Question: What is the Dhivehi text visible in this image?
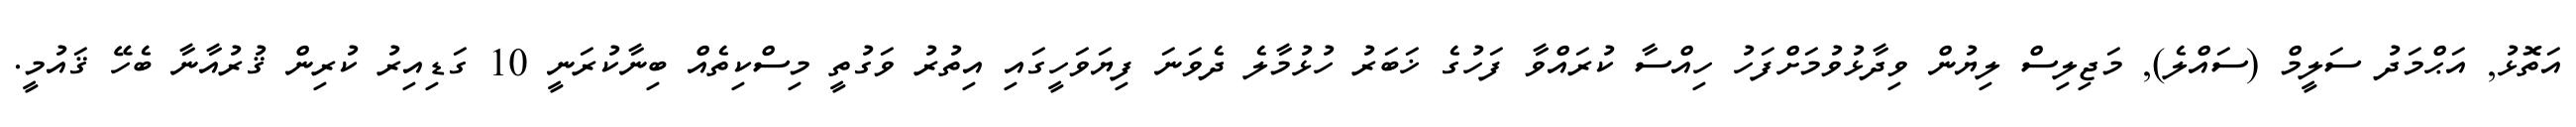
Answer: އަތޮޅު, އަޙްމަދު ސަލީމް (ސައްލެ), މަޖިލިސް ލިޔުން ވިދާޅުވުމަށްފަހު ހިއްސާ ކުރައްވާ ފަހުގެ ޚަބަރު ހުޅުމާލެ ދެވަނަ ފިޔަވަހީގައި އިތުރު ވަގުތީ މިސްކިތެއް ބިނާކުރަނީ 10 ގަޑިއިރު ކުރިން ޤުރުއާނާ ބެހޭ ޤައުމީ.